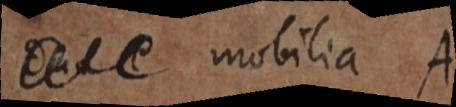
dua e mobilia A